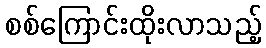
စစ်ကြောင်းထိုးလာသည့်